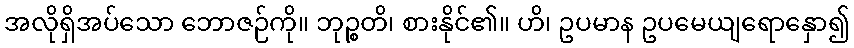
အလိုရှိအပ်သော ဘောဇဉ်ကို။ ဘုဉ္စတိ၊ စားနိုင်၏။ ဟိ၊ ဥပမာန ဥပမေယျရောနှော၍